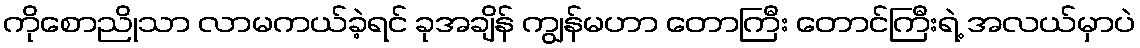
ကိုစောညိုသာ လာမကယ်ခဲ့ရင် ခုအချိန် ကျွန်မဟာ တောကြီး တောင်ကြီးရဲ့ အလယ်မှာပဲ